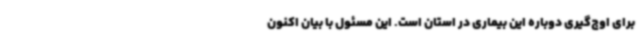
برای اوج‌گیری دوباره این بیماری در استان است. این مسئول با بیان اکنون